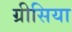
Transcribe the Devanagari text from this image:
ग्रीसिया